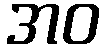
အဝ